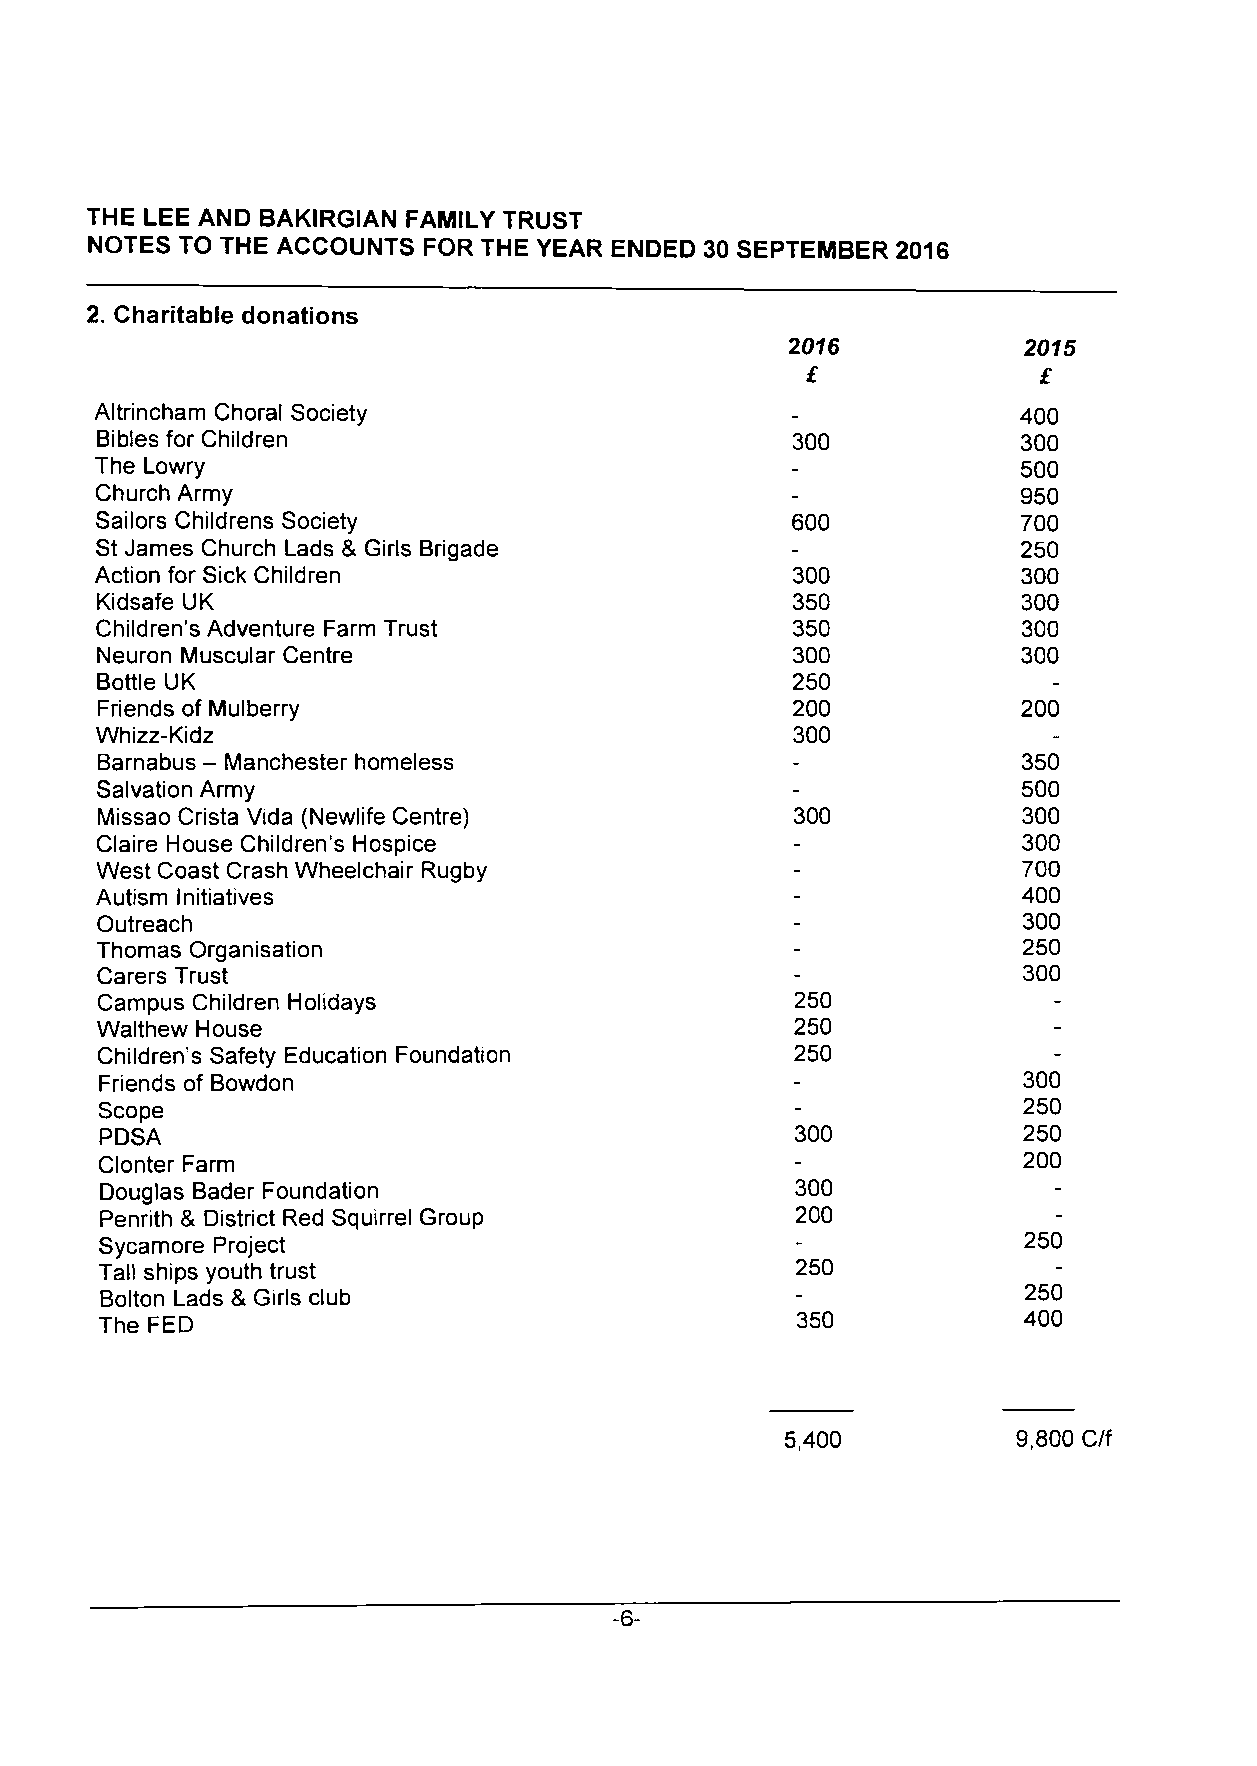
THE LEE AND BAKIRGIAN FAMILY TRUST
 NOTES TO THE ACCOUNTS FOR THE YEAR ENDED 30 SEPTEMBER 2016
 2. Charitable donations
 2016            2015
 £               £
 Altrincham Choral Society                     -              400
 Bibles for Children                           300            300
 The Lowry                                     -              500
 Church Army                                   -              950
 Sailors Childrens Society                     600            700
 St James Church Lads & Girls Brigade          -              250
 Action for Sick Children                      300            300
 Kidsafe UK                                    350            300
 Children's Adventure Farm Trust               350            300
 Neuron Muscular Centre                        300            300
 Bottle UK                                     250               -
 Friends of Mulberry                           200            200
 Whizz-Kidz                                    300               -
 Barnabus - Manchester homeless                -              350
 Salvation Army                                -               500
 Missao Crista Vida (Newlife Centre)           300             300
 Claire House Children's Hospice               -               300
 West Coast Crash Wheelchair Rugby             -               700
 Autism Initiatives                            -               400
 Outreach                                      -               300
 Thomas Organisation                           -               250
 Carers Trust                                  -               300
 Campus Children Holidays                      250               -
 Walthew House                                 250               -
 Children's Safety Education Foundation        250               -
 Friends of Bowdon                             -               300
 Scope                                         -               250
 PDSA                                           300            250
 Clonter Farm                                  -               200
 Douglas Bader Foundation                      300               -
 Penrith & District Red Squirrel Group          200              -
 Sycamore Project                               -              250
 Tall ships youth trust                         250              -
 Bolton Lads & Girls club                      -              250
 The FED                                       350            400
 5,400          9,800 C/f